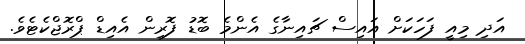
އަދި މިއީ ފަހަކަށް އައިސް ޗައިނާގެ އެންމެ ބޮޑު ފޮރިން އެއިޑް ޕްރޮޖްކެޓެވެ.